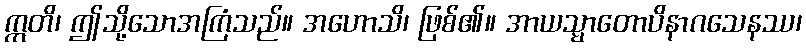
ဣတိ၊ ဤသို့သောအကြံသည်။ အဟောသိ၊ ဖြစ်၏။ အာယသ္မာတောပိနာဂသေနဿ၊